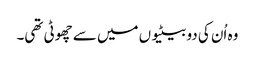
وہ اُن کی دو بیٹیوں میں سے چھوٹی تھی۔